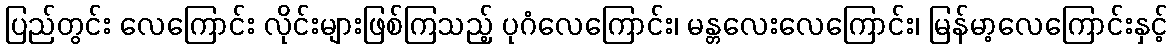
ပြည်တွင်း လေကြောင်း လိုင်းများဖြစ်ကြသည့် ပုဂံလေကြောင်း၊ မန္တလေးလေကြောင်း၊ မြန်မာ့လေကြောင်းနှင့်